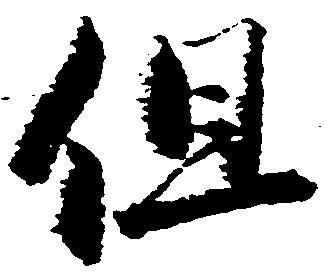
但